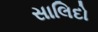
સાલિદો